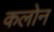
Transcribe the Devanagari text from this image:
कलोन